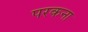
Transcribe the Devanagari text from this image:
परकना